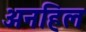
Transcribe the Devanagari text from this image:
अनहिल